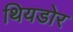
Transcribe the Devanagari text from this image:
थियडोर